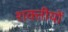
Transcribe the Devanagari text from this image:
शक्तीयों